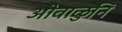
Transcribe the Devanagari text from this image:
ओवाळुनि